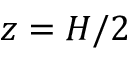
z = H / 2